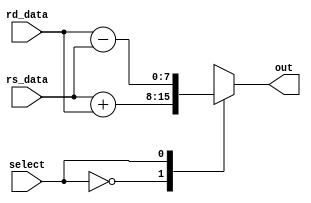
/****************************************************************\
| Name of program: ALU.sv
| Author: AZ, JB, BM, BB
| Date Created: 03/29/2022
| Date last updated:
| Function: ALU functionality
| Modules: 8bit_ALU
\****************************************************************/

`timescale 1ns / 1ps

module ALU(out, rd_data, rs_data, select);
  input [7:0] rd_data, rs_data;  				// ALU 8-bit Inputs
  input select;
  output reg [7:0] out;
  
  initial begin
    out = 0;
  end
  
  always @(*)
    begin
      case(select)
        1'b0: 					// Addition
           out = rs_data + rd_data ; 
        1'b1: 					// Subtraction
           out = rd_data - rs_data ;
        //default: out = 8'b0 ; 
        
        endcase
    end
endmodule